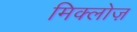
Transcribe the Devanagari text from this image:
मिक्लोज़